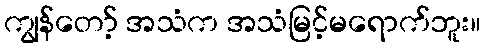
ကျွန်တော့် အသံက အသံမြင့်မရောက်ဘူး။